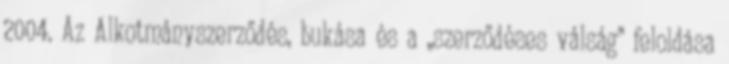
2004. Az Alkotmányszerződés, bukása és a „szerződéses válság” feloldása